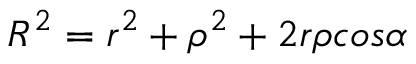
R ^ { 2 } = r ^ { 2 } + \rho ^ { 2 } + 2 r \rho c o s \alpha